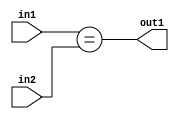
`timescale 1ps / 1ps
/*****************************************************************************
    Verilog RTL Description
    
    Generated at: 14:07:05 EST (-0500), Tuesday 17 November 2020
    Generated on: zhang-x1.ece.cornell.edu
    Generated by: jl3952 (Jie Liu)
    
    Created by: Stratus DpOpt 2017.1.02 
    Copyright (c) 2014-2015 Cadence Design Systems. All rights reserved worldwide.
    
    Cadence Design Systems proprietary and confidential
    ===================================================
    
    May contain information that incorporates Cadence Design Systems CellMath
    and other inventions claimed in Pending U.S. Patents.
    
    May contain Cadence Design Systems Trade Secrets of which use, disclosure or
    reproduction is contractually restricted or prohibited.  For more
    information, contact your legal department before any use, disclosure or
    reproduction.
*******************************************************************************/

module dut_Equal_6Ux2U_1U_4 (
	in2,
	in1,
	out1
	); /* architecture "behavioural" */ 
input [5:0] in2;
input [1:0] in1;
output  out1;
wire  asc001;

assign asc001 = (in1==in2);

assign out1 = asc001;
endmodule

/* CADENCE  urnxSQ8= : u9/ySgnYtBlWxVDRUQkU4ug= ** DO NOT EDIT THIS LINE ******/